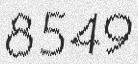
8549